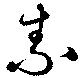
素